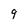
Character: 9